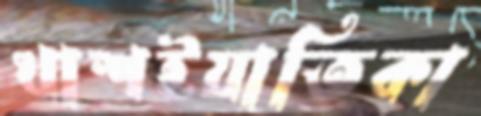
খাশইয়াতিকা